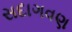
સદાગવણ